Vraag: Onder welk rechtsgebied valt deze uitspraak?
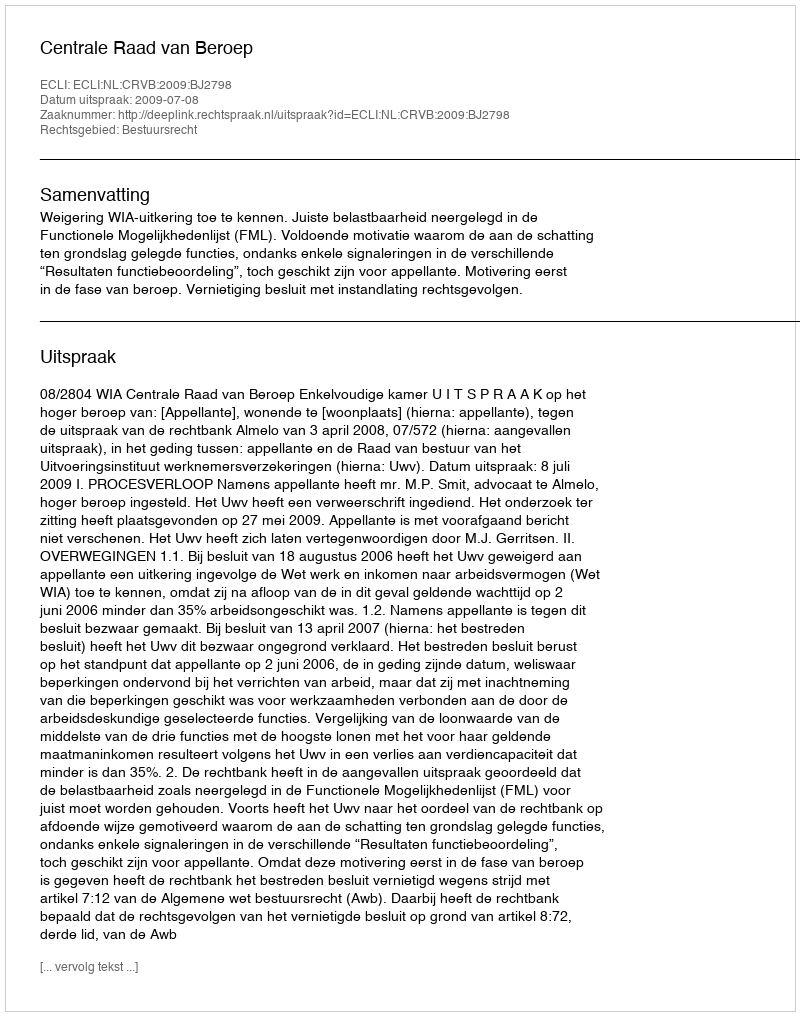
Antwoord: Bestuursrecht